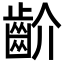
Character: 齘